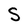
Character: S